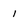
Character: 1